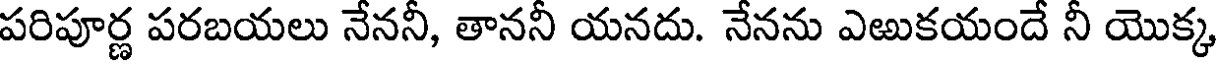
పరిపూర్ణ పరబయలు నేననీ, తాననీ యనదు. నేనను ఎఱుకయందే నీ యొక్క